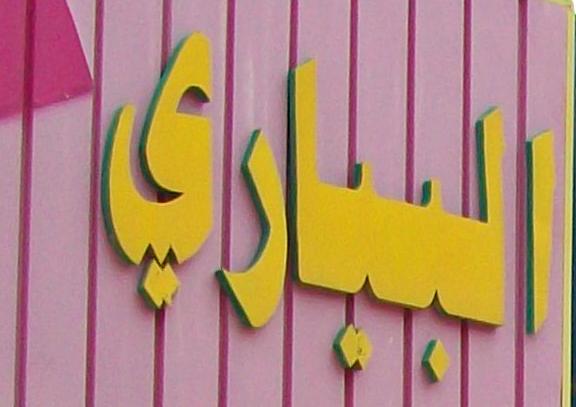
البياري